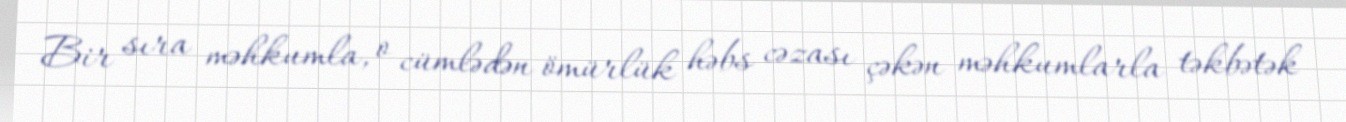
Bir sıra məhkumla, o cümlədən ömürlük həbs cəzası çəkən məhkumlarla təkbətək